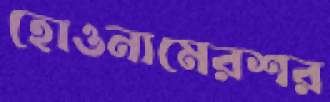
হোওনামেরশর